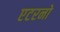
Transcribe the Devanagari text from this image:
एटरनो